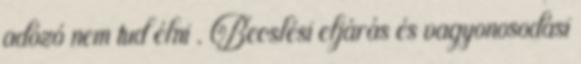
adózó nem tud élni . Becslési eljárás és vagyonosodási